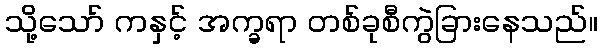
သို့သော် ကနှင့် အက္ခရာ တစ်ခုစီကွဲခြားနေသည်။